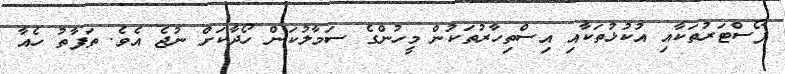
ޕޯސްޓަރުތަކާއި އުކުޅުތަކާއި އިސްތިހާރުތަކުން މީހުންގެ ސަމާލުކަން ހޯދާކަށް ނުޖެ އެވެ. ތަފާތު ހެއާ